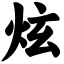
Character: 炫